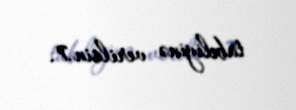
tabeliyinə verilsin.7.